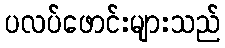
ပလပ်ဖောင်းများသည်